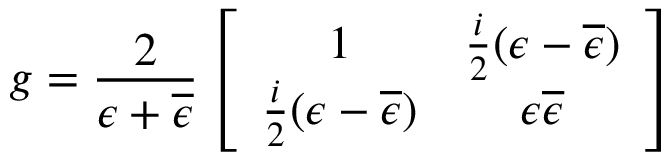
g = { \frac { 2 } { \epsilon + \overline { { { \epsilon } } } } } \left[ \begin{array} { c c } { { 1 } } & { { { \frac { i } { 2 } } ( \epsilon - \overline { { { \epsilon } } } ) } } \\ { { { \frac { i } { 2 } } ( \epsilon - \overline { { { \epsilon } } } ) } } & { { \epsilon \overline { { { \epsilon } } } } } \end{array} \right]